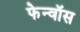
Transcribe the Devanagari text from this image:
फेन्‍वॉस